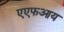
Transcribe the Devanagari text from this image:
एएफआय